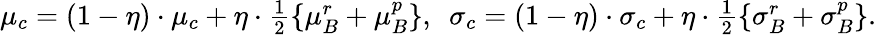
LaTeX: \begin{array}{r}{\mu_{c}=(1-\eta)\cdot\mu_{c}+\eta\cdot\frac{1}{2}\{ \mu_{B}^{r}+\mu_{B}^{p}\} ,~~\sigma_{c}=(1-\eta)\cdot\sigma_{c}+\eta\cdot\frac{1}{2}\{ \sigma_{B}^{r}+\sigma_{B}^{p}\} .}\end{array}